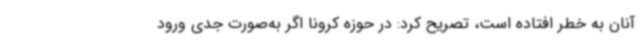
آنان به خطر افتاده است، تصریح کرد: در حوزه کرونا اگر به‌صورت جدی ورود